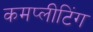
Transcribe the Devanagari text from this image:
कमप्लीटिंग